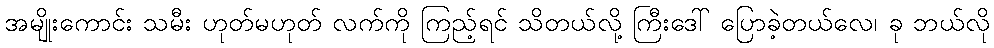
အမျိုးကောင်း သမီး ဟုတ်မဟုတ် လက်ကို ကြည့်ရင် သိတယ်လို့ ကြီးဒေါ် ပြောခဲ့တယ်လေ၊ ခု ဘယ်လို